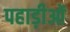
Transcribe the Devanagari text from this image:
पहाड़ीओं